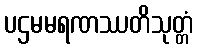
ပဌမမရဏဿတိသုတ္တံ